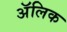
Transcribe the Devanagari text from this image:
अॅलिक